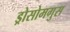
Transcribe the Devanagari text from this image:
ड्रोसोमगुस